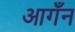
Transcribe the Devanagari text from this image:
आगँन